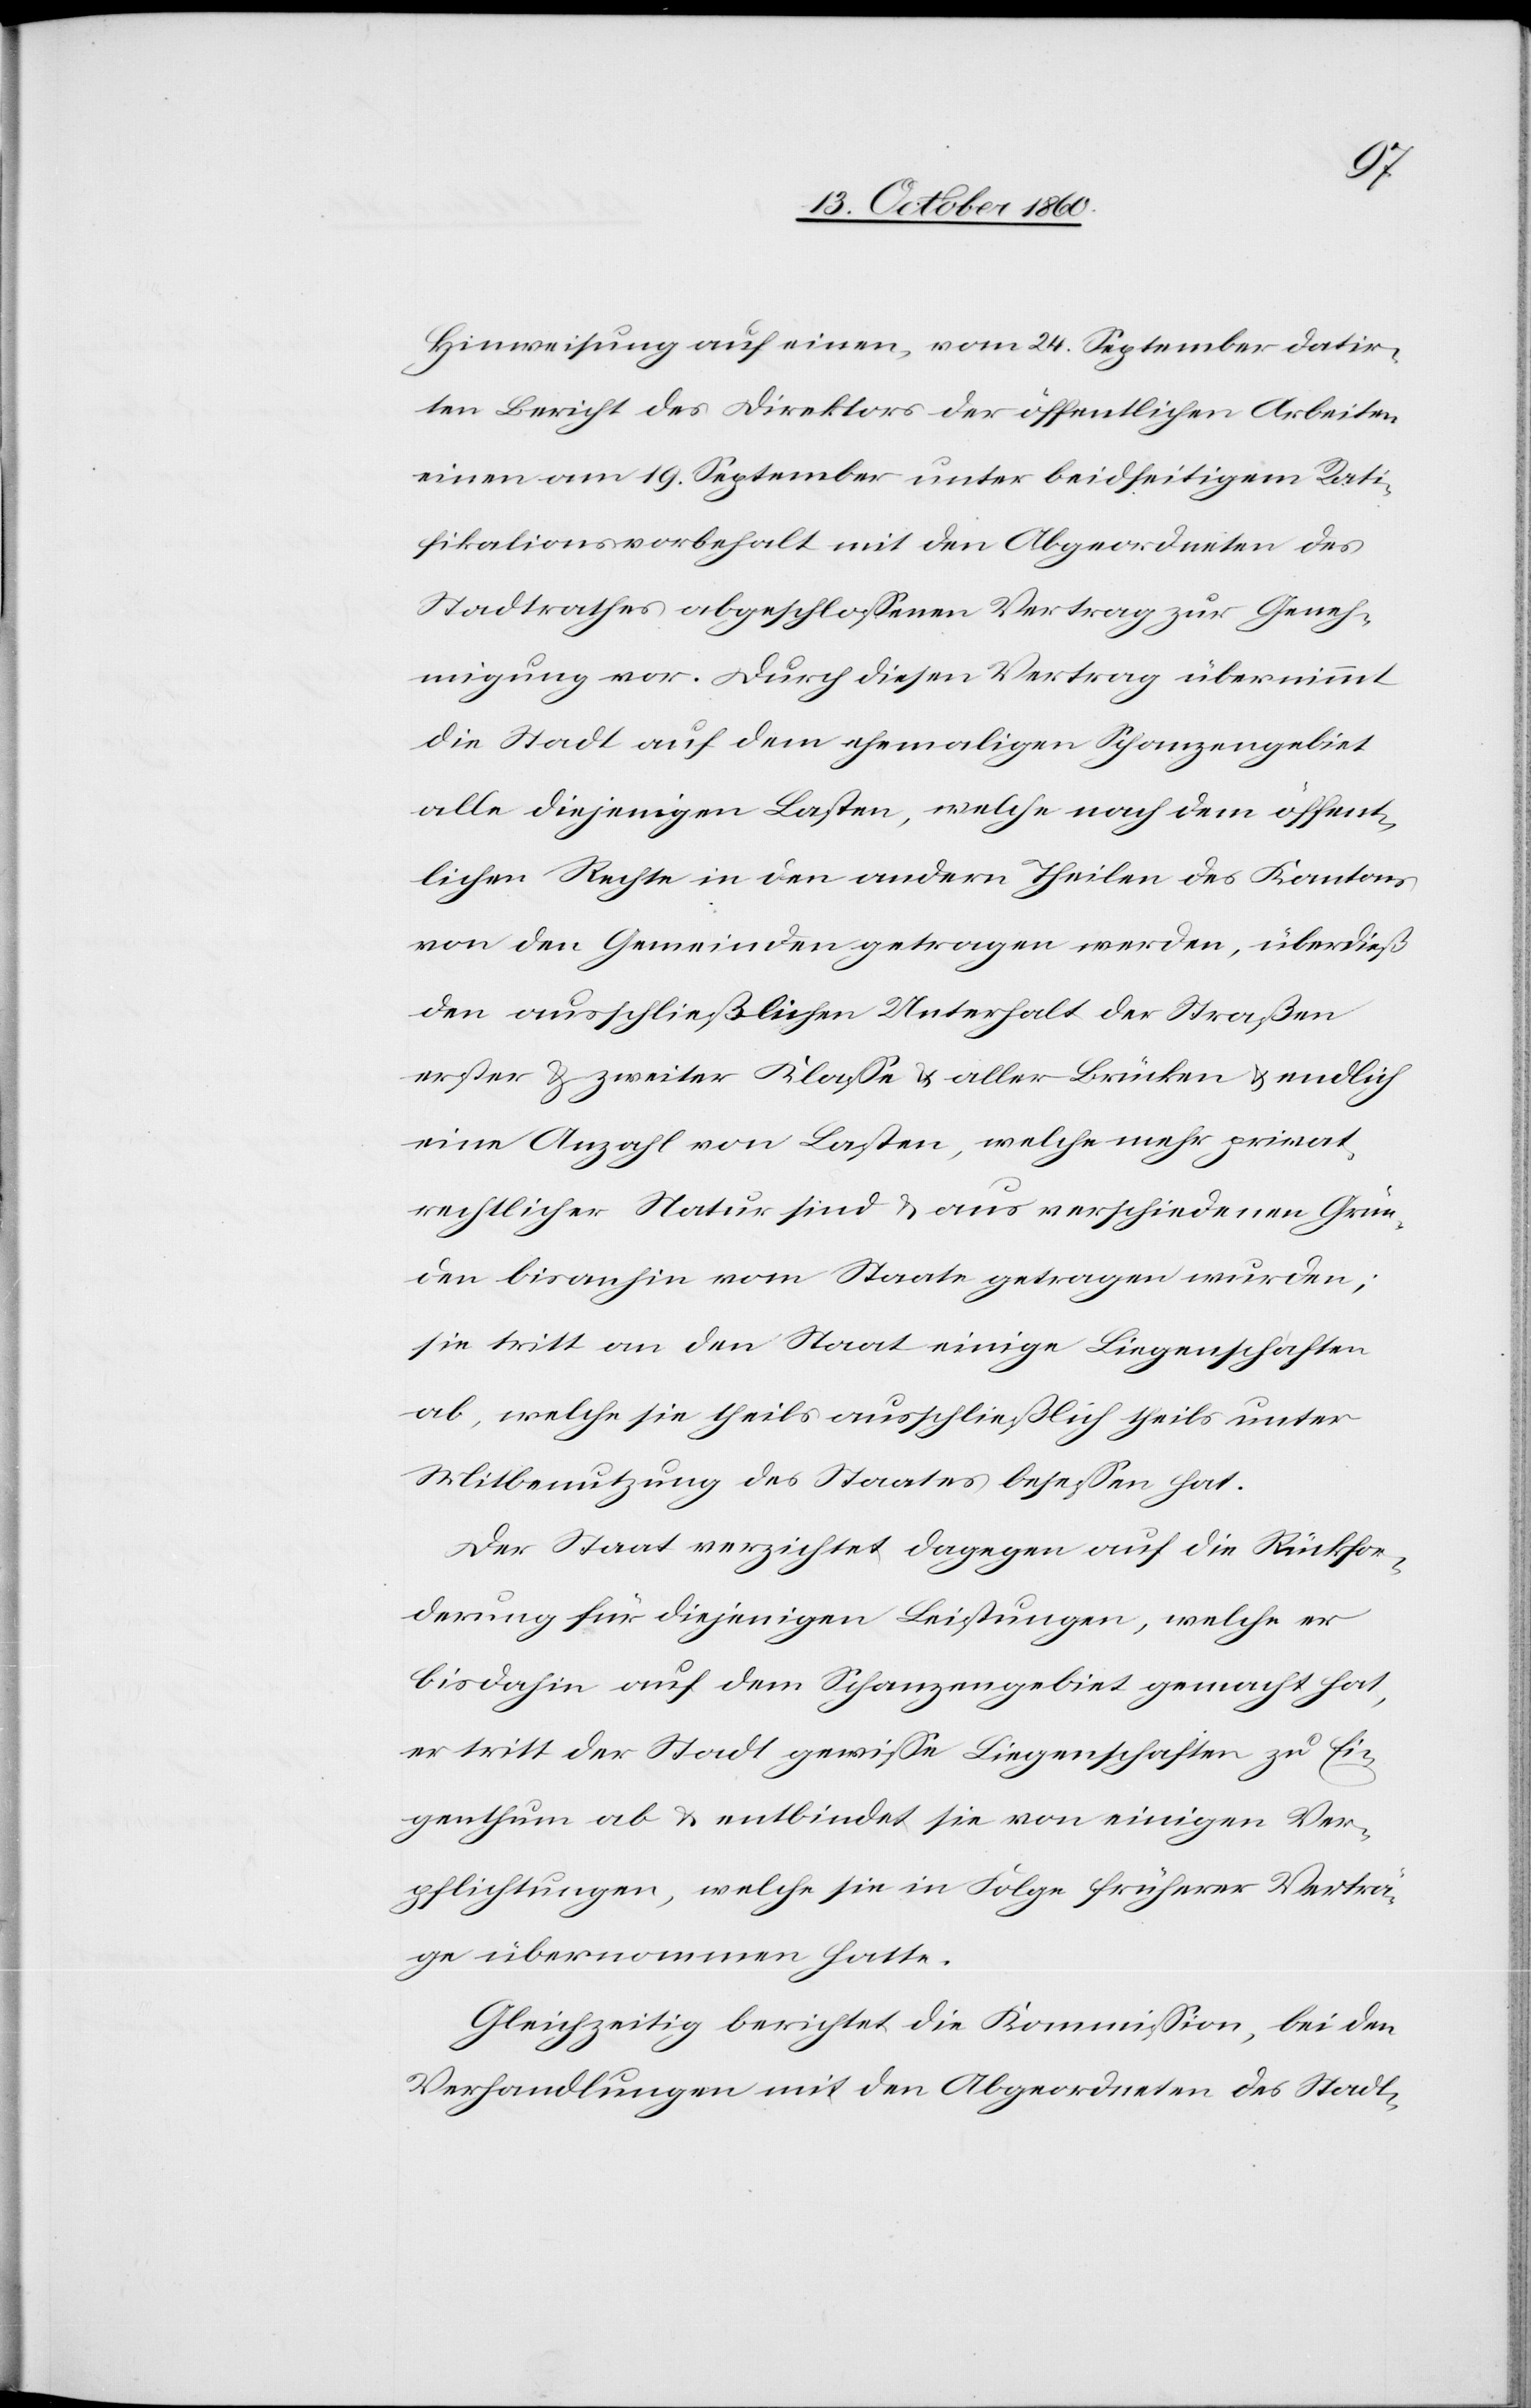
Hinweisung auf einen, vom 24. September datir¬
ten Bericht des Direktors der öffentlichen Arbeiten
einen am 19. September unter beidseitigem Rati¬
fikationsvorbehalt mit den Abgeordneten des
Stadtrathes abgeschlossenen Vertrag zur Geneh¬
migung vor. Durch diesen Vertrag übernimmt
die Stadt auf dem ehemaligen Schanzengebiet
alle diejenigen Lasten, welche nach dem öffent¬
lichen Rechte in den andern Theilen des Kantons
von den Gemeinden getragen werden, überdieß
den ausschließlichen Unterhalt der Straßen
erster u. zweiter Klasse u. aller Brücken u. endlich
eine Anzahl von Lasten, welche mehr privat¬
rechtlicher Natur sind u. aus verschiedenen Grün¬
den bis anhin vom Staate getragen wurden;
sie tritt an den Staat einige Liegenschaften
ab, welche sie theils ausschließlich theils unter
Mitbenutzung des Staates besessen hat.
Der Staat verzichtet dagegen auf die Rückfor¬
derung für diejenigen Leistungen, welche er
bisdahin auf dem Schanzengebiet gemacht hat,
er tritt der Stadt gewisse Liegenschaften zu Ei¬
genthum ab u. entbindet sie von einigen Ver¬
pflichtungen, welche sie in Folge früherer Verträ¬
ge übernommen hatte.
Gleichzeitig berichtet die Kommission, bei den
Verhandlungen mit den Abgeordneten des Stadt-